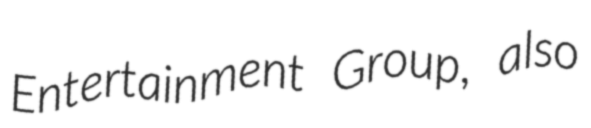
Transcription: Entertainment Group, also